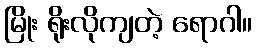
မြိုး ရိုးလိုကျတဲ့ ရောဂါ။